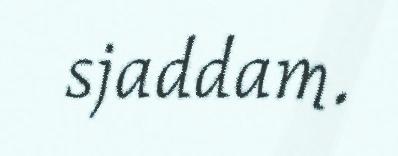
sjaddam.